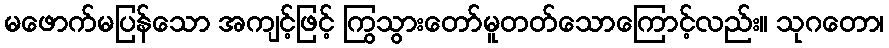
မဖောက်မပြန်သော အကျင့်ဖြင့် ကြွသွားတော်မူတတ်သောကြောင့်လည်း။ သုဂတော၊